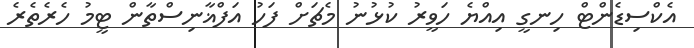
އެކްސިޑެންޓް ހިނގީ އިއްޔެ ހަވީރު ކުޅުނު މެޗަށް ފަހު އަފްޣާނިސްތާން ޓީމު ހެރެތެރެ